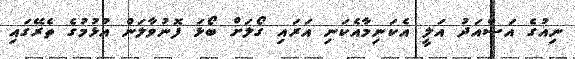
ނިއުގެ އަސްއަދު އަލީ އެކަނިމާއެކަނި އަރައި ގޯލަށް ބޯޅަ ފޮނުވާލަން އުޅުމުގެ ތެރޭގައި